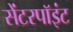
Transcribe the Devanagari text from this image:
सेंटरपॉइंट